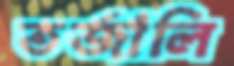
তর্জালি